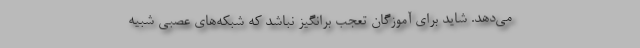
می‌دهد. شاید برای آموزگان تعجب برانگیز نباشد که شبکه‌های عصبی شبیه